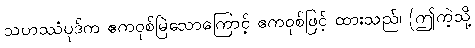
သဟဿံပုဒ်က ဧကဝုစ်မြဲသောကြောင့် ဧကဝုစ်ဖြင့် ထားသည်၊ (ဤကဲ့သို့